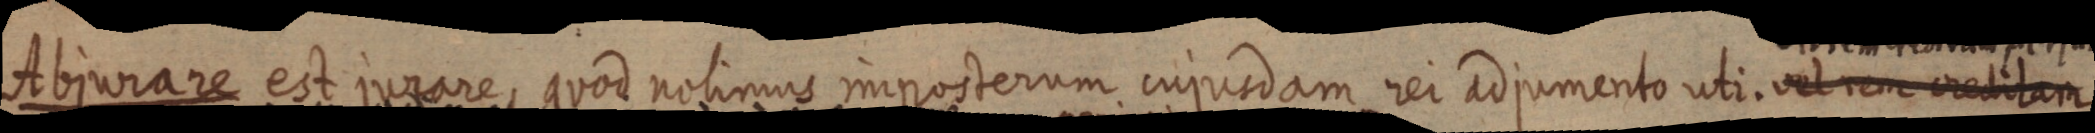
Abjiorare est penare, quod notimnas imposterum inqurdam ver Edjemento uti oderm vlan